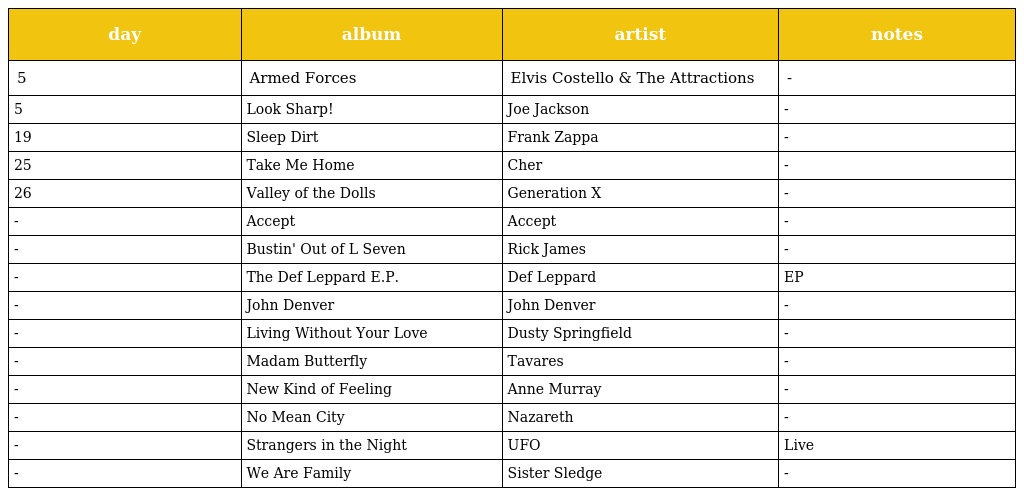
| day | album | artist | notes |
 | --- | --- | --- | --- |
 | 5 | Armed Forces | Elvis Costello & The Attractions | - |
 | 5 | Look Sharp! | Joe Jackson | - |
 | 19 | Sleep Dirt | Frank Zappa | - |
 | 25 | Take Me Home | Cher | - |
 | 26 | Valley of the Dolls | Generation X | - |
 | - | Accept | Accept | - |
 | - | Bustin' Out of L Seven | Rick James | - |
 | - | The Def Leppard E.P. | Def Leppard | EP |
 | - | John Denver | John Denver | - |
 | - | Living Without Your Love | Dusty Springfield | - |
 | - | Madam Butterfly | Tavares | - |
 | - | New Kind of Feeling | Anne Murray | - |
 | - | No Mean City | Nazareth | - |
 | - | Strangers in the Night | UFO | Live |
 | - | We Are Family | Sister Sledge | - |